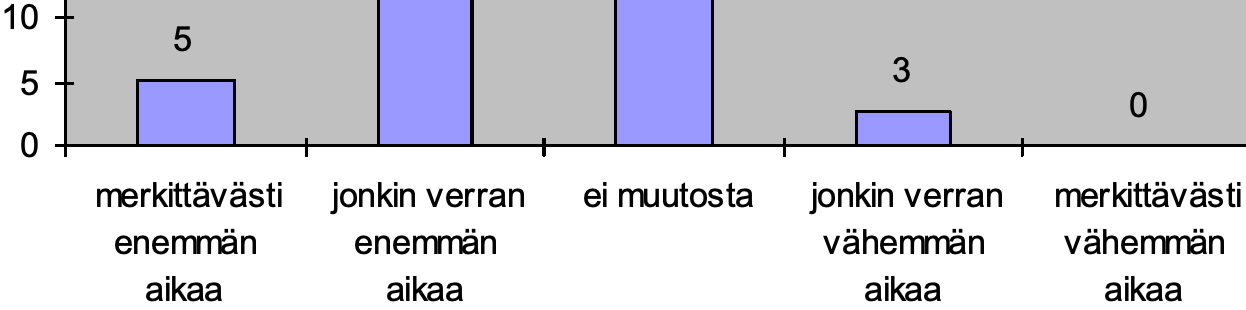
10 5 5                            3 0 0 merkittävästi jonkin verran ei muutosta jonkin verran merkittävästi enemmän enemmän         vähemmän vähemmän aikaa   aikaa           aikaa   aikaa